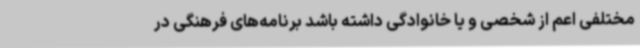
مختلفی اعم از شخصی و یا خانوادگی داشته باشد برنامه‌های فرهنگی در